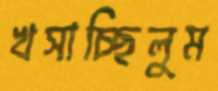
খসাচ্ছিলুম